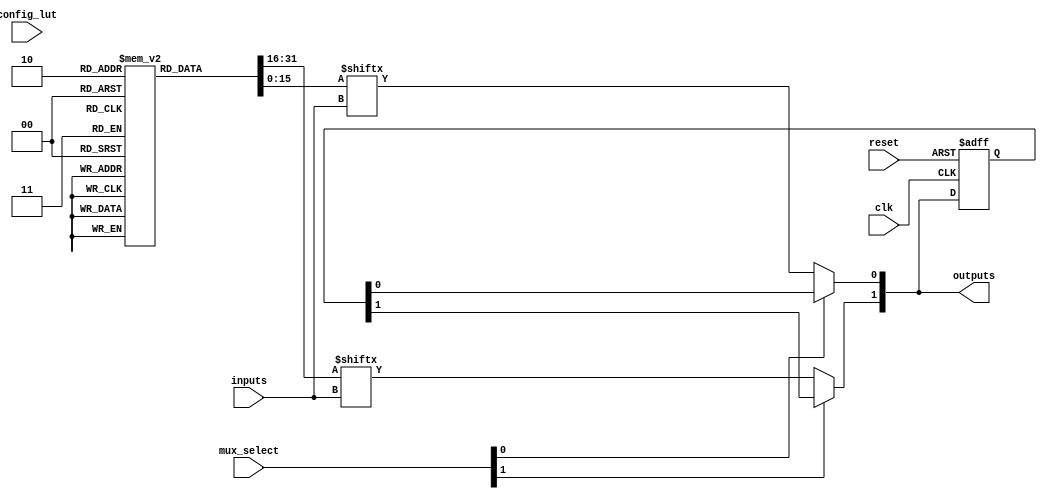
module CLB_PLD #(
    parameter NUM_INPUTS = 4,   // Number of inputs to the CLB
    parameter NUM_OUTPUTS = 2,   // Number of outputs from the CLB
    parameter LUT_SIZE = 16       // Size of the LUT (2^NUM_INPUTS)
)(
    input  wire [NUM_INPUTS-1:0]  inputs,         // Input signals
    input  wire [NUM_OUTPUTS-1:0] config_lut,     // LUT configuration signals
    input  wire [NUM_OUTPUTS-1:0] mux_select,      // MUX select signals
    input  wire clk,               // Clock signal for flip-flops
    input  wire reset,             // Reset signal
    output wire [NUM_OUTPUTS-1:0] outputs           // Output signals
);

    // LUTs
    reg [LUT_SIZE-1:0] lut [NUM_OUTPUTS-1:0]; // LUTs for each output
    wire [NUM_OUTPUTS-1:0] lut_out;            // LUT outputs

    // Flip-Flops
    reg [NUM_OUTPUTS-1:0] ff;                   // Flip-flop outputs

    // MUX outputs
    wire [NUM_OUTPUTS-1:0] mux_out;             // MUX outputs

    // LUT Logic
    genvar i;
    generate
        for (i = 0; i < NUM_OUTPUTS; i = i + 1) begin : lut_block
            always @(*) begin
                lut_out[i] = lut[i][inputs]; // Select output based on inputs
            end
        end
    endgenerate

    // MUX Logic
    generate
        for (i = 0; i < NUM_OUTPUTS; i = i + 1) begin : mux_block
            assign mux_out[i] = (mux_select[i]) ? ff[i] : lut_out[i]; // MUX selection
        end
    endgenerate

    // Flip-Flop Logic
    always @(posedge clk or posedge reset) begin
        if (reset) begin
            ff <= 0; // Reset flip-flops
        end else begin
            ff <= mux_out; // Store MUX output in flip-flops
        end
    end

    // Output assignment
    assign outputs = mux_out; // Assign MUX output to outputs

    // Configuration Logic (for LUTs)
    initial begin
        // Example configuration for LUTs (can be modified as needed)
        lut[0] = 16'b1010101010101010; // Example LUT for output 0
        lut[1] = 16'b1100110011001100; // Example LUT for output 1
    end

endmodule